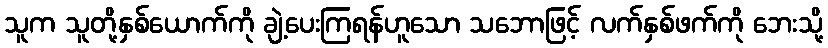
သူက သူတို့နှစ်ယောက်ကို ချဲ့ပေးကြရန်ဟူသော သဘောဖြင့် လက်နှစ်ဖက်ကို ဘေးသို့